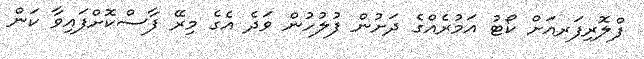
ފްލޮރިފަރއަށް ކޯޓު އަމުރެއްގެ ދަށުން ފުލުހުން ވަދެ އެގެ މިރޭ ފާސްކޮށްފައިވާ ކަން